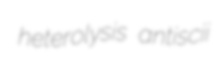
heterolysis antiscii